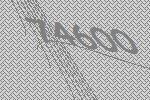
74600